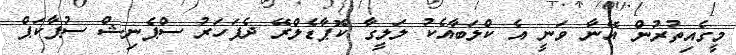
މީގެއިތުރުން އޭނާ ވަނީ އެ ކްލަބާއެކު ލަލީގާ ކޮޕާޑެލްރޭ ދެފަހަރު ސްޕެނިޝް ސުޕާކަޕް